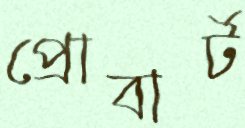
প্রোবার্ট